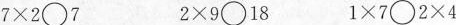
$$7 \times 2 \bigcirc 7$$ $$2 \times 9 \bigcirc 1 8 $$ $$1 \times 7 \bigcirc 2 \times 4$$